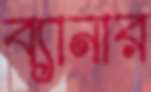
ব্যানার